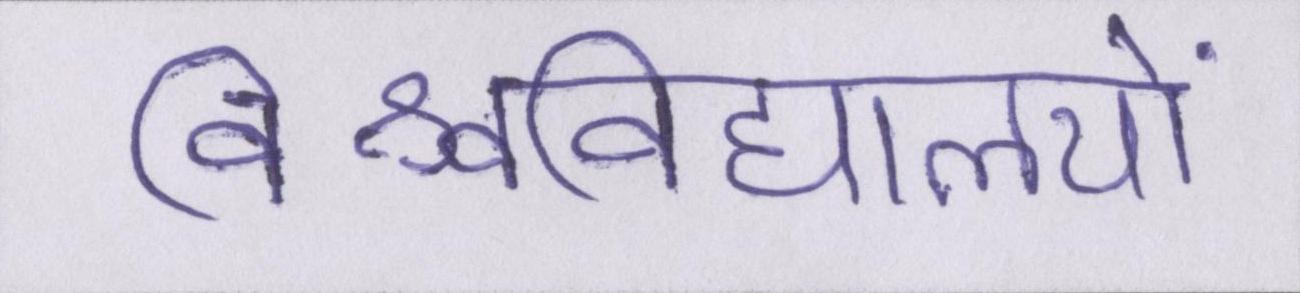
विश्वविद्यालयों